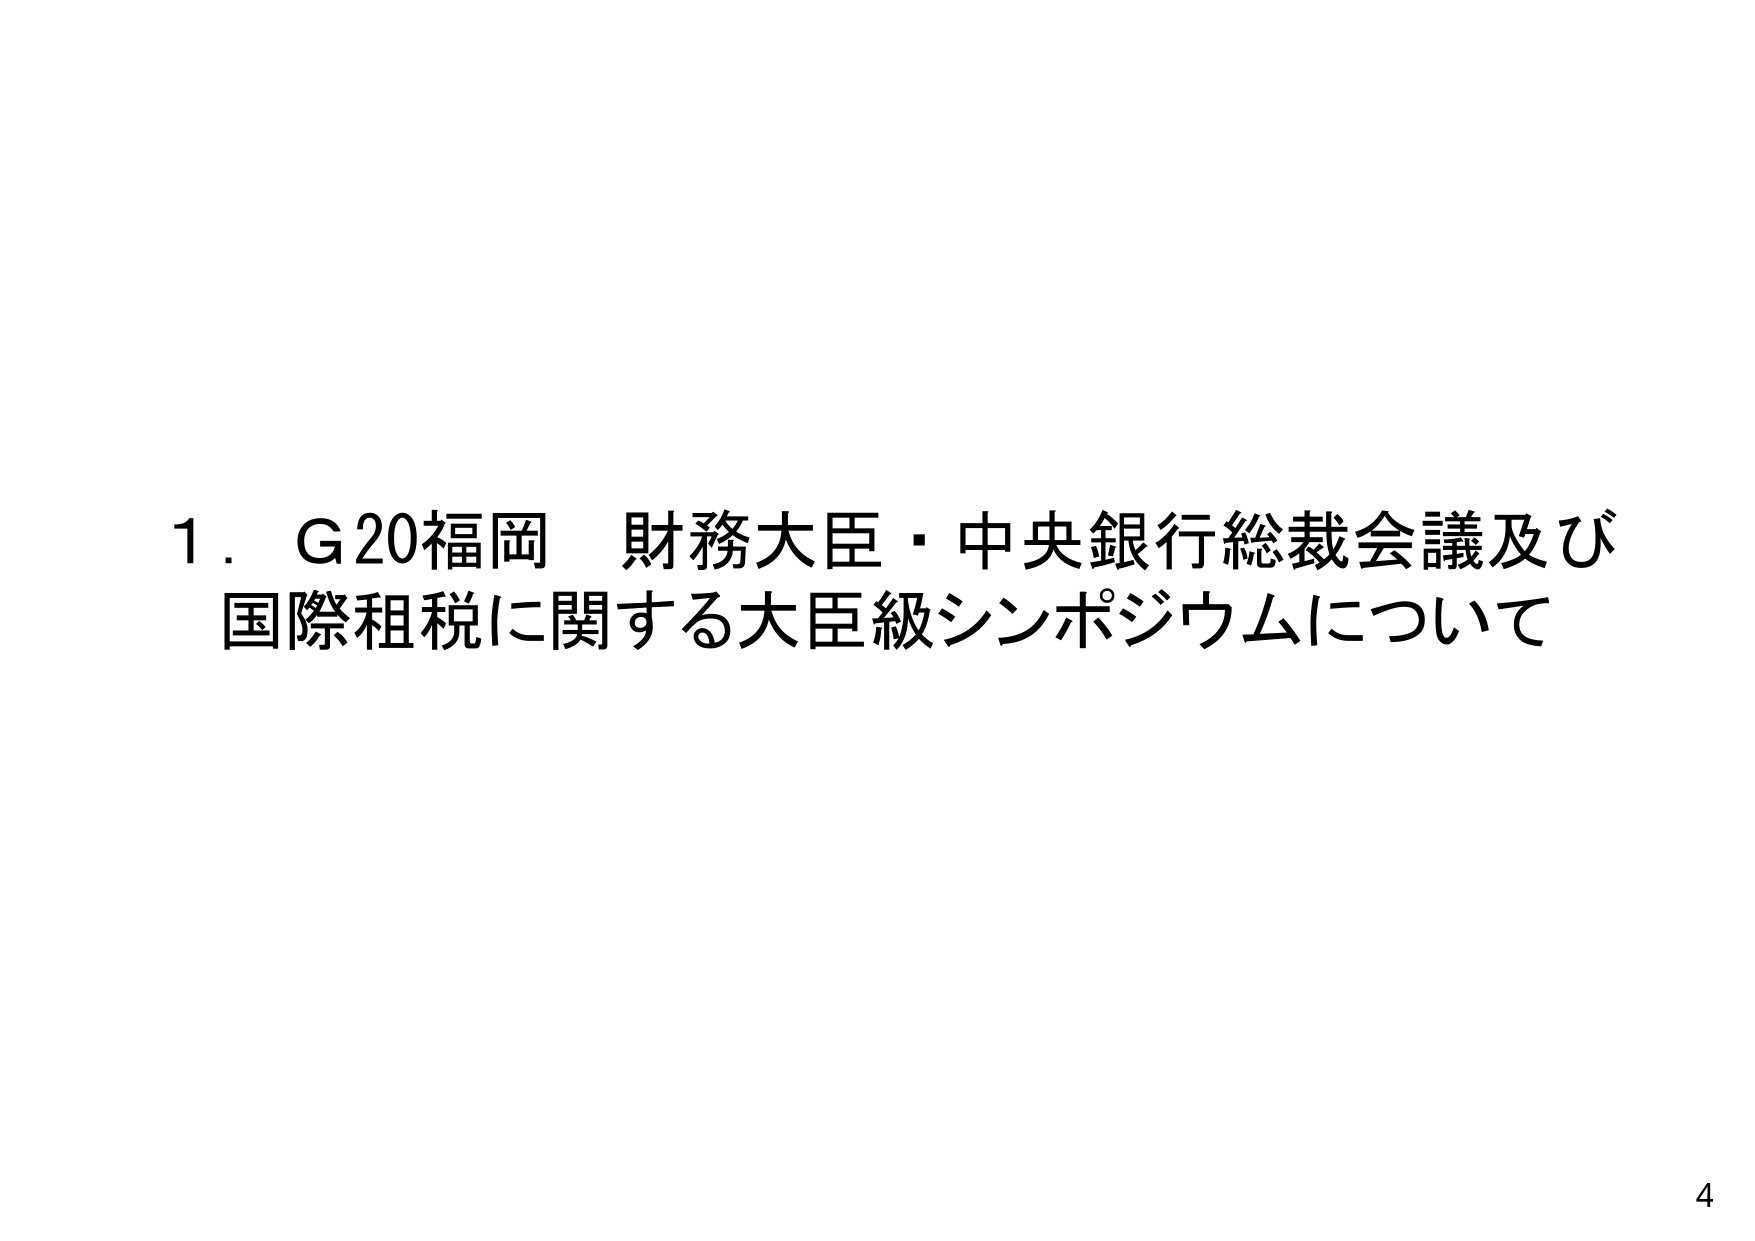
1．G20福岡 財務大臣・中央銀行総裁会議及び
国際租税に関する大臣級シンポジウムについて
4